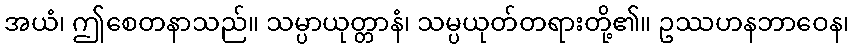
အယံ၊ ဤစေတနာသည်။ သမ္ပာယုတ္တာနံ၊ သမ္ပယုတ်တရားတို့၏။ ဥဿဟနဘာဝေန၊